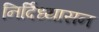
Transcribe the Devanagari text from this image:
निर्दिध्यासन